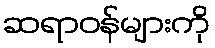
ဆရာဝန်များကို